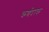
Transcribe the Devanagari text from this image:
कर्णपरक